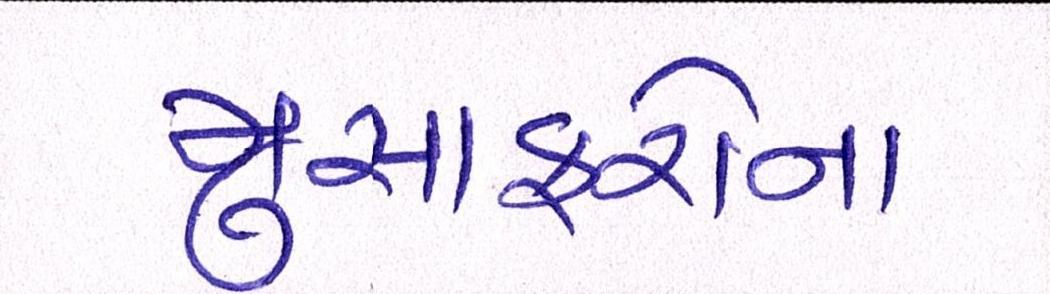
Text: મુસાફરોના